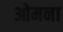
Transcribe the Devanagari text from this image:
ओमना